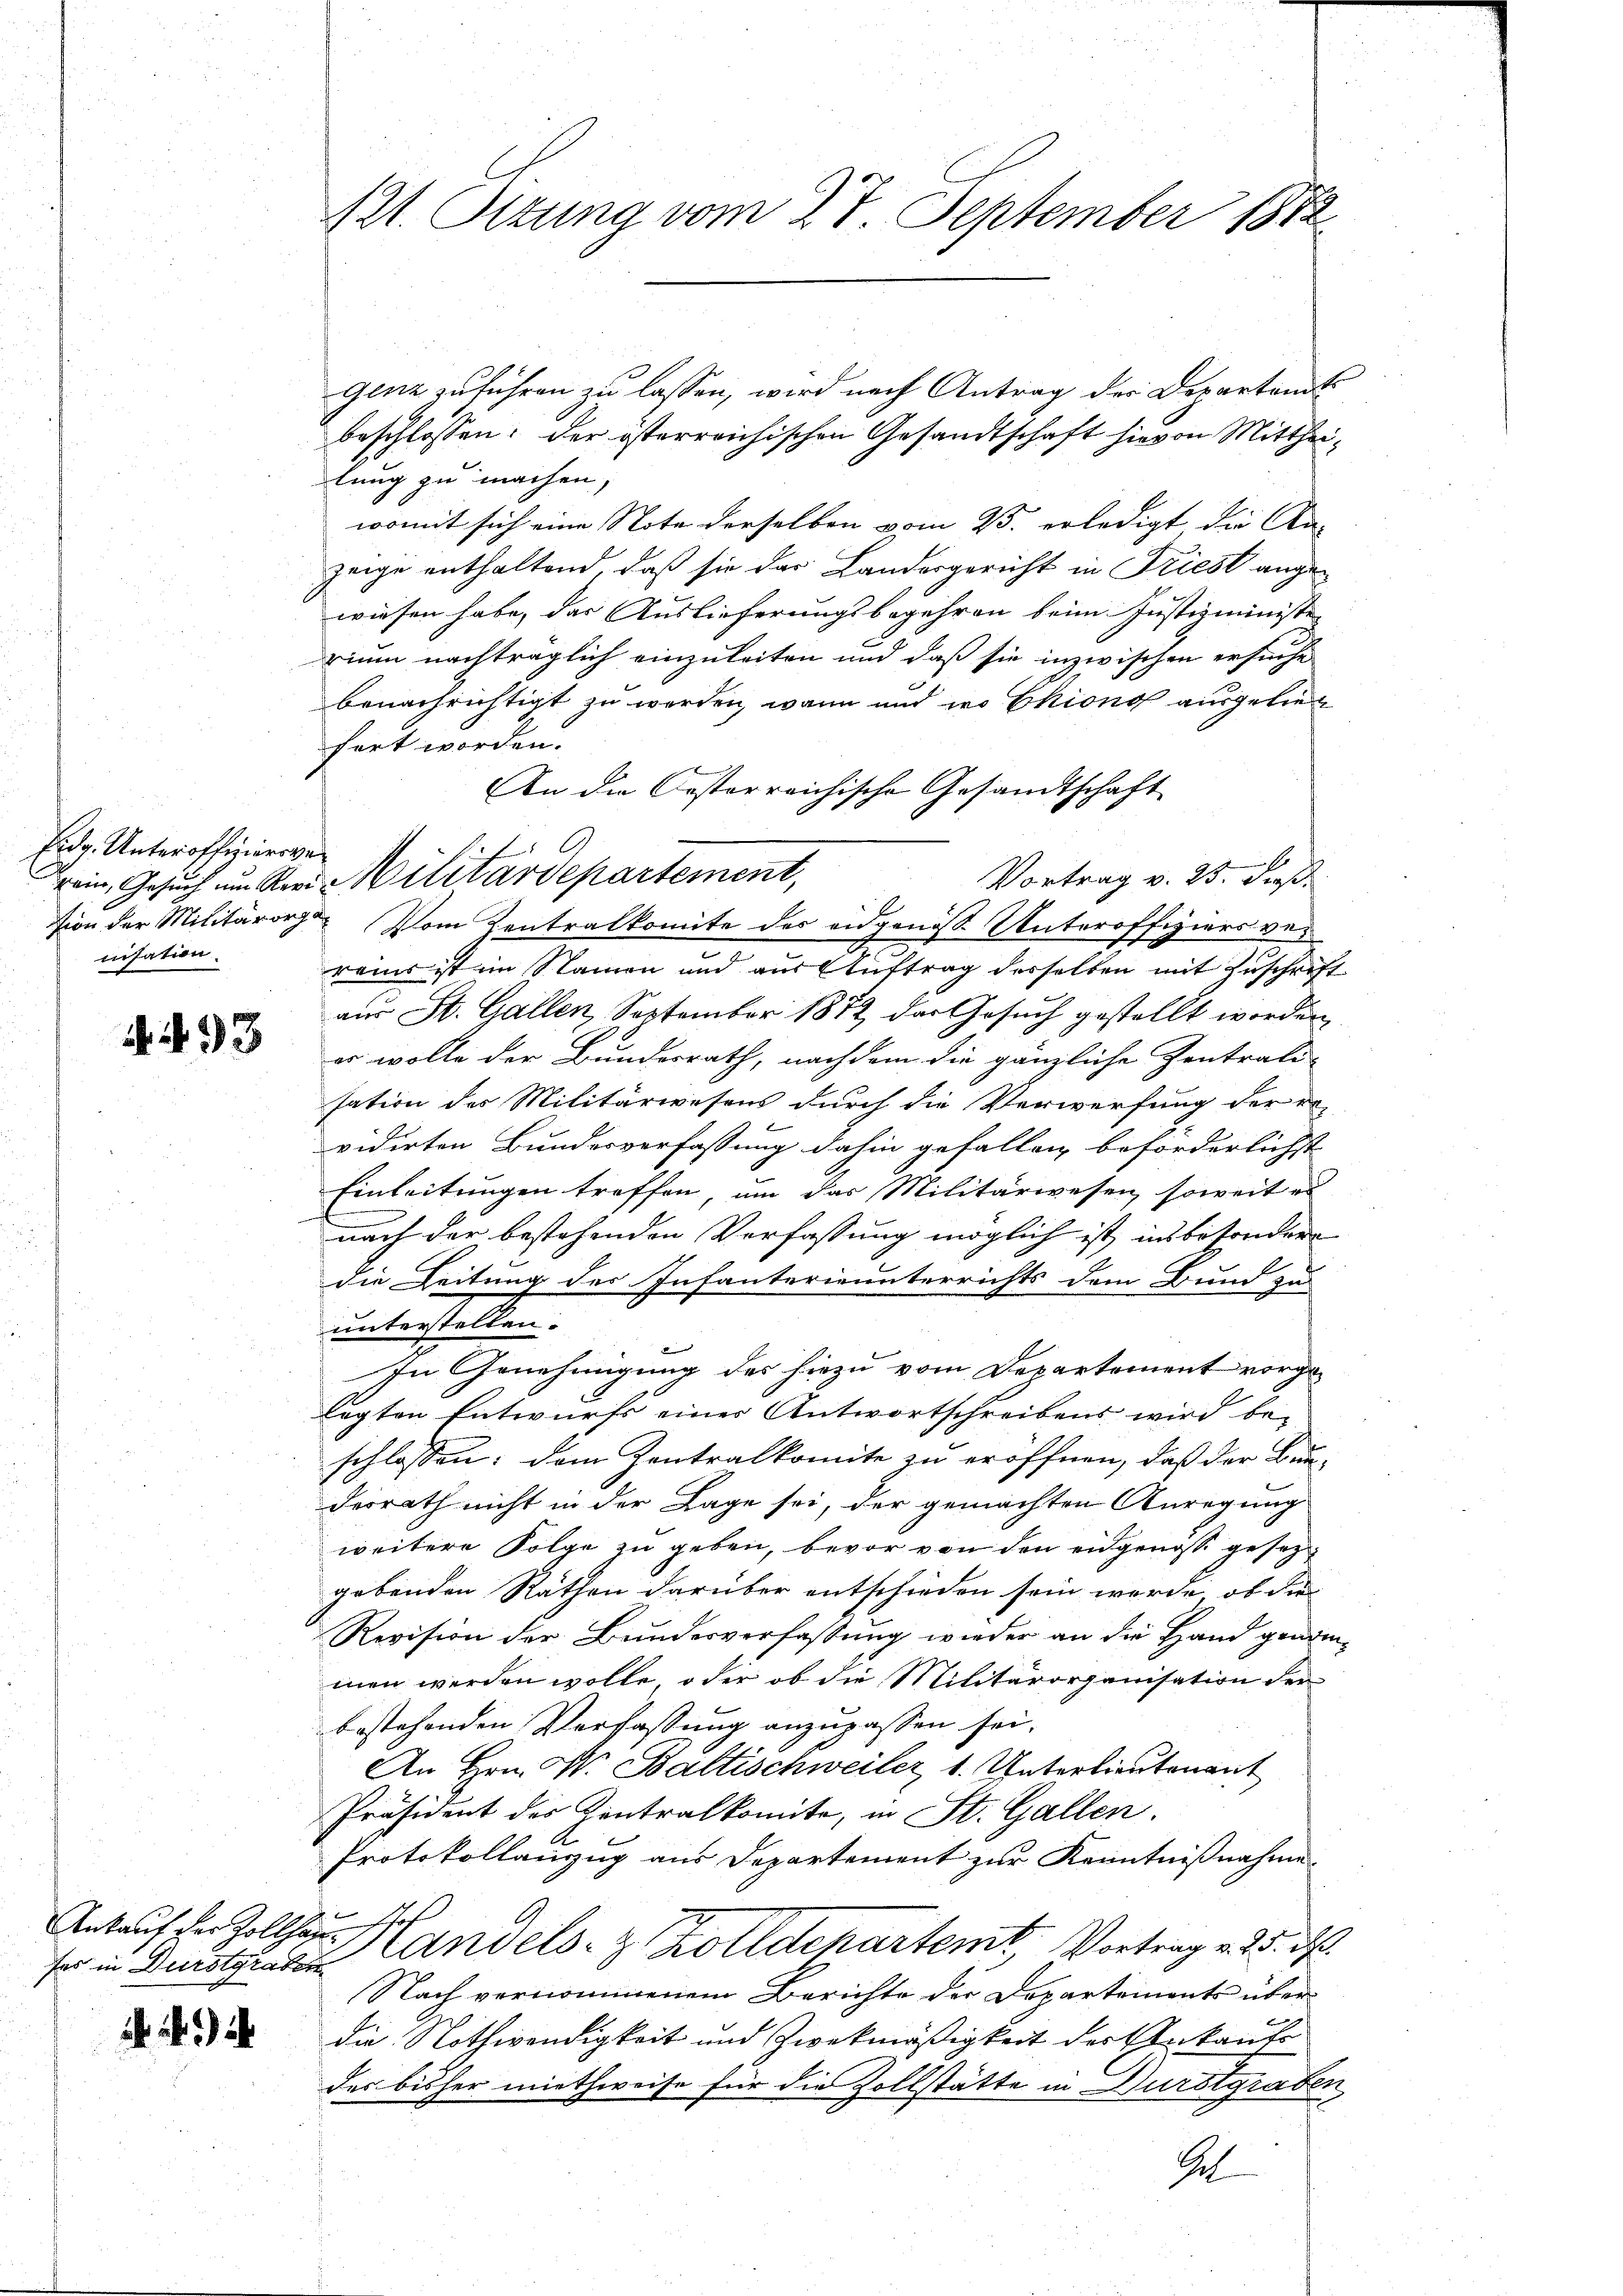
Eidg. Unteroffiziersver
nisation.

493

genz zu führen zu lassen, wird nach Antrag der Departamts
beschlossen: der österreichischen Gesandtschaft hievon Mittheilung zu machen,
womit sich eine Note derselben vom 23. erledigt, die An-
zeige enthaltend, daß sie das Landergericht in Triest angewiesen habe, das Auslieferungsbegehren beim Justizministe
rium nachträglich einzuleiten und daß sie inzwischen ersuche
benachrichtigt zu werden, wann und wo Ekiono ausgeliefert worden.
An die Oesterreichische Gesandtschaft
A
Vortrag v. 25. dieß.
sion der Militärorge. Vom Zentralkomite des angenoß Unteroffiziers ver
reins ist im Namen und aus Auftrag desselben mit Zuschrift
aus St. Gallen, September 1872 das Gesuch gestellt worden,
er wolle der Bundesrath, nachdem die gänzliche Zentrati-
sation des Militärwesens durch die Verwerfung der er-
vidirten Bundesverfassung dahin gefallen beförderlichst
Einleitungen treffen, um das Militärwesen, soweit ei
nach der bestehenden Verfassung möglich ist, insbesondere
.
die Zeitung des Infanterieunterrichts dem Bund zu
unterstellen.
2
In Genehmigung des hiezu vom Departement vorgelagten Entwurfs einer Antwortschreibens wird be-
schlossen: dem Zentralkomite zu eröffnen, daß der Bun-
desrath nicht in der Lage sei, der gemachten Anregung
weitere Folge zu geben, bevor von den eidgenösse gesezgebenden Räthen darüber entschieden sein werde, ob die
Revision der Bundesverfassung wieder an die Hand genommen werden wolle, oder ob die Militärorganisation der
bestehenden Verfassung anzupassen sei.
An Hrn. N. Baltischweiler, 1. Unterlieutenant
Präsident des Zentralkomite, in St. Gallen.
Protokollanzug aus Departement zur Kenntnißnahme
Ankauf in soller Handels- & Zolldepartemt Vortrag v. 25. d.
Nach vernommenem Berichte der Departements über
die Nothwendigkeit und Zweckmäßigkeit der Ankaufs
der bisher miethweise für die Zollstätte in Durstgraben
Gel

fes in Durstgraben

. .

121. Stung vom 27. September 1882

rein, Gesuch um der Militärdepartement,